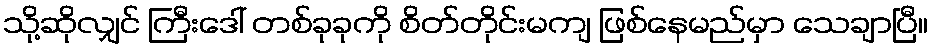
သို့ဆိုလျှင် ကြီးဒေါ် တစ်ခုခုကို စိတ်တိုင်းမကျ ဖြစ်နေမည်မှာ သေချာပြီ။